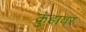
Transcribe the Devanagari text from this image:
कुंडावर